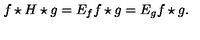
f \star H \star g = E _ { f } f \star g = E _ { g } f \star g .